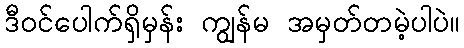
ဒီဝင်ပေါက်ရှိမှန်း ကျွန်မ အမှတ်တမဲ့ပါပဲ။